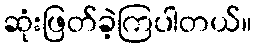
ဆုံးဖြတ်ခဲ့ကြပါတယ်။